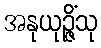
အနုယုဉ္ဇိံသု